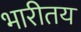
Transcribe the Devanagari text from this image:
भारीतय